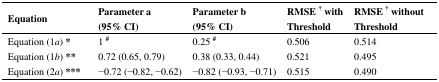
<table><thead><tr><td><b>Equation</b></td><td><b>Parameter a (95% CI)</b></td><td><b>Parameter b (95% CI)</b></td><td><b>RMSE <sup>†</sup> with Threshold</b></td><td><b>RMSE <sup>†</sup> without Threshold</b></td></tr></thead><tbody><tr><td>Equation (1<i>a</i>) <b>*</b></td><td>1 <sup><b>#</b></sup></td><td>0.25 <sup><b>#</b></sup></td><td>0.506</td><td>0.514</td></tr><tr><td>Equation (1<i>b</i>) <b>**</b></td><td>0.72 (0.65, 0.79)</td><td>0.38 (0.33, 0.44)</td><td>0.521</td><td>0.495</td></tr><tr><td>Equation (2<i>a</i>) <b>***</b></td><td>−0.72 (−0.82, −0.62)</td><td>−0.82 (−0.93, −0.71)</td><td>0.515</td><td>0.490</td></tr></tbody></table>